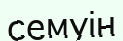
семуін